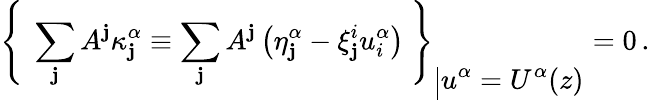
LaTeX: {\left\{ \ \sum_{\mathbf{j}}A^{\mathbf{j}}\kappa_{\mathbf{j}}^{\alpha}\equiv\sum_{\mathbf{j}}A^{\mathbf{j}}\left(\eta_{\mathbf{j}}^{\alpha}-\xi_{\mathbf{j}}^{i}u_{i}^{\alpha}\right)\ \right\} }_{\Big\vert\displaystyle{u^{\alpha}=U^{\alpha}(z)}}=0\, .